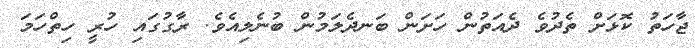
ޖާހަތު ކޮޅަށް ތެދުވެ ދެއަތުން ހަށަން ބަނދެލަމުން ބުނެލިއެވެ. ރާގުގައި ހުރީ ހިތްހަމަ